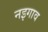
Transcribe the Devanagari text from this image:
नइगाव